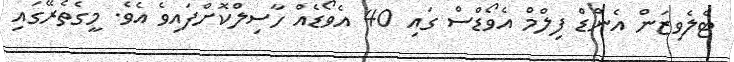
ޓެލެވިޒަން އެންޑް ފިލްމް އެވޯޑްސް ގައި 40 އެވޯޑެއް ހާސިލްކޮށްފައިވެ އެވެ. މީގެތެރޭގައި